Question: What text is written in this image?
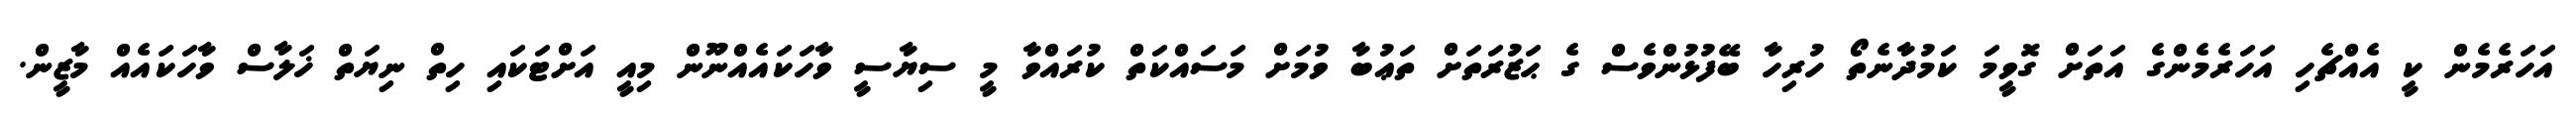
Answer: އަހަރެމެން ކީ އެއްޗެހި އަހަރެމެންގެ އަތަށް ގޮވީމަ ކަމުދާނެތޯ ހުރިހާ ބޭފުޅުންވެސް ގެ ޙަޒުރަތަށް ތަޢުބާ ވުމަށް މަސައްކަތް ކުރައްވާ މީ ސިޔާސީ ވާހަކައެއްނޫން މިއީ އަށްޓަކައި ހިތް ނިޔަތް ޚަލާސް ވާހަކައެއް މާޒީން.